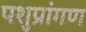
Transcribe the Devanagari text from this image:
पशुप्रांगण